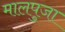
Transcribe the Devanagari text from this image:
मालपुजा